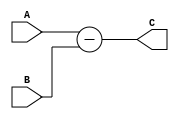
`timescale 1ns / 1ps
//////////////////////////////////////////////////////////////////////////////////
// Company: 
// Engineer: 
// 
// Design Name: 
// Module Name: subractor
// Project Name: 
// Target Devices: 
// Tool Versions: 
// Description: 
// 
// Dependencies: 
// 
// Revision:
// Revision 0.01 - File Created
// Additional Comments:
// 
//////////////////////////////////////////////////////////////////////////////////


module Div_subractor #(parameter dataIN_width = 4)(
    input [dataIN_width - 1 : 0]     A, B,
    output reg [dataIN_width -1 : 0] C
    );
    
always @ (A, B)
    C <= A - B;


endmodule